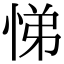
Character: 悌